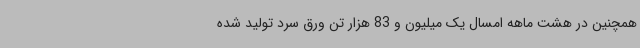
همچنین در هشت ماهه امسال یک میلیون و 83 هزار تن ورق سرد تولید شده